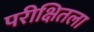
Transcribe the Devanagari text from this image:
परीक्षितला